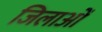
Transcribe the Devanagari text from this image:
जिलाओं